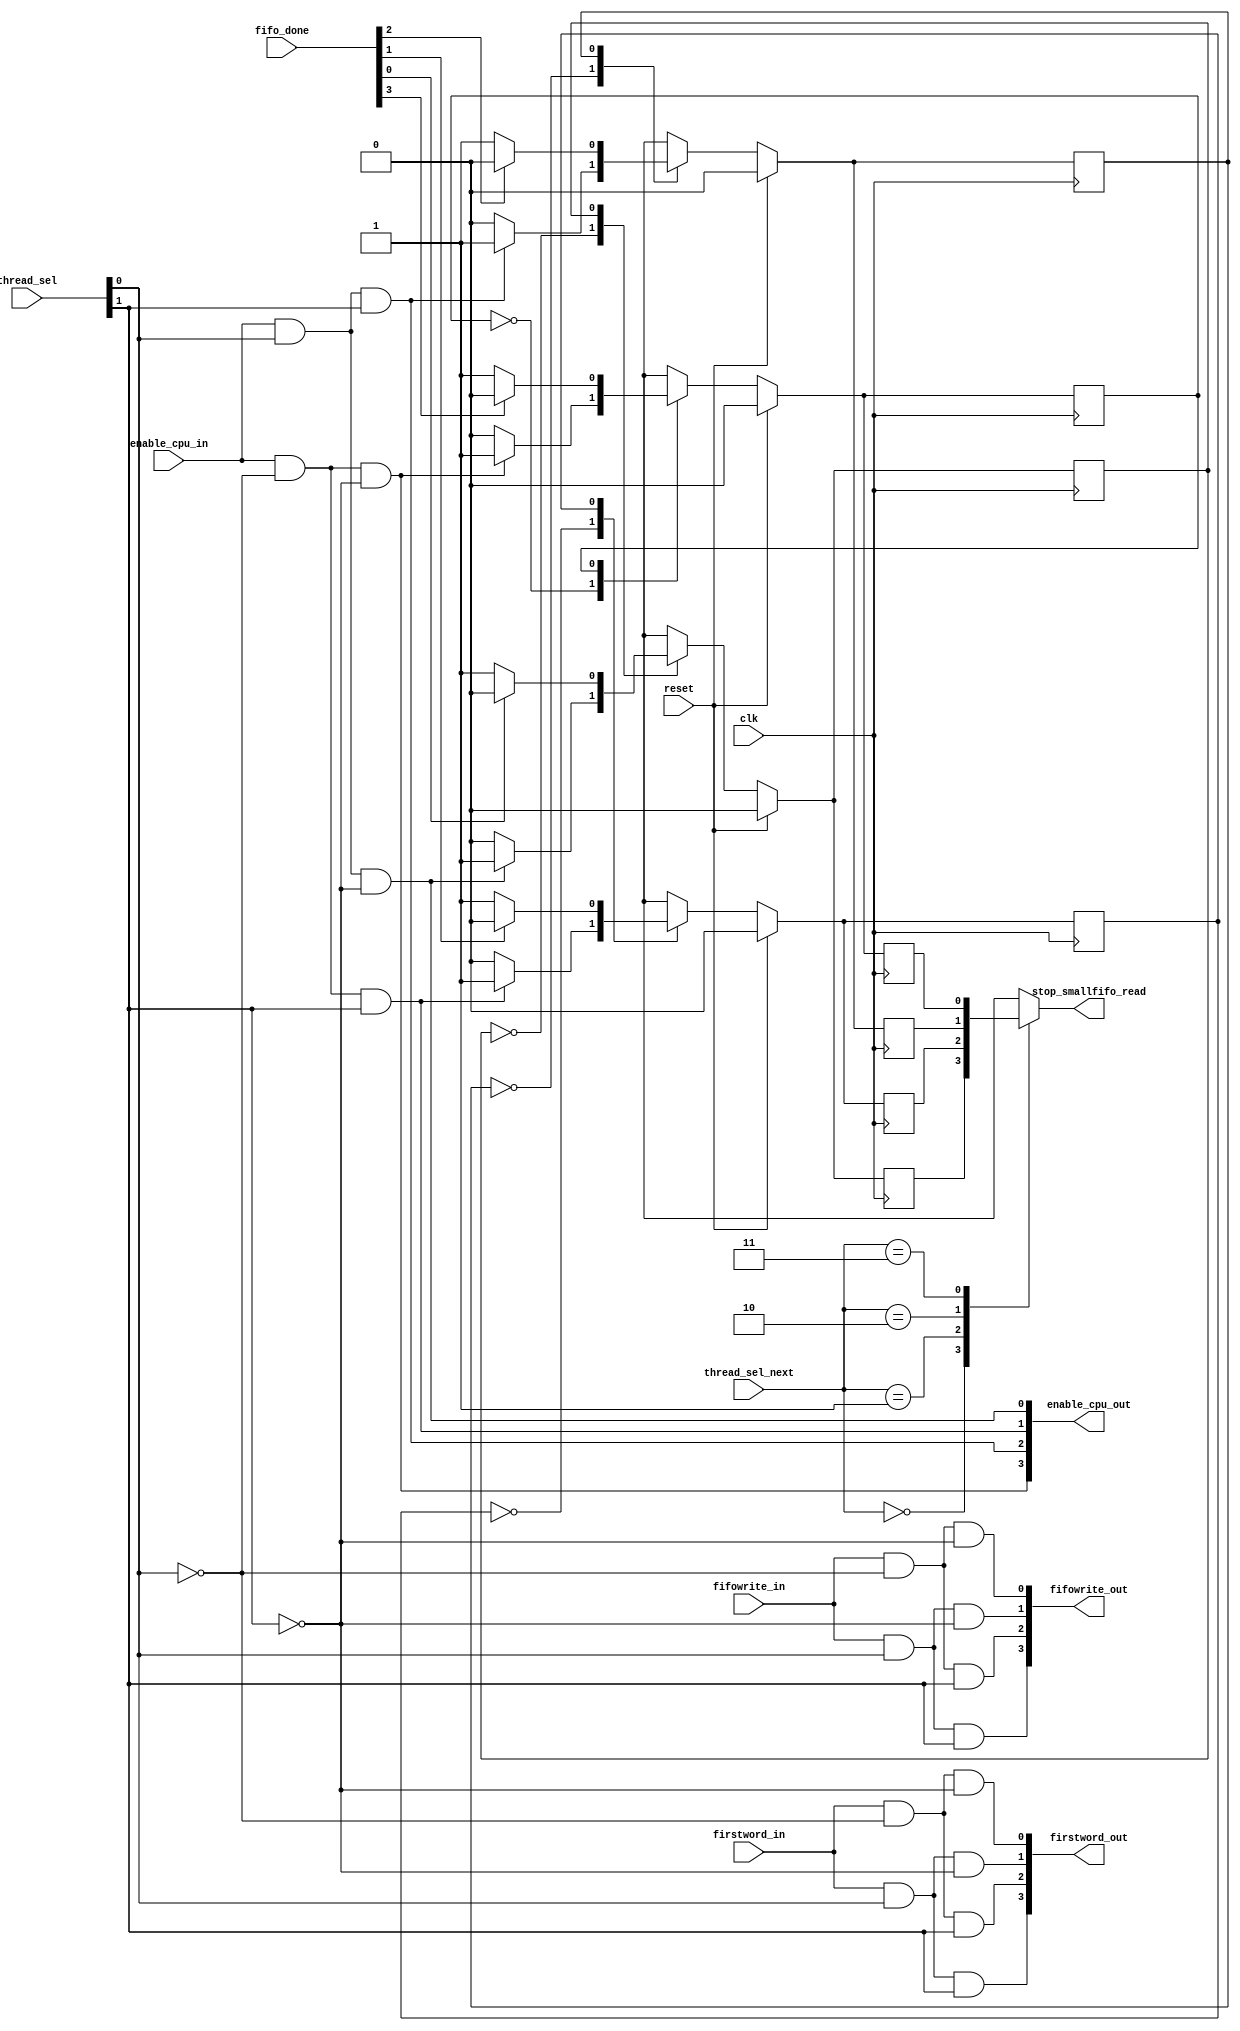
`timescale 1ns / 1ps
//////////////////////////////////////////////////////////////////////////////////
// Company: 
// Engineer: 
// 
// Design Name: 
// Module Name:    arbiter 
// Project Name: 
// Target Devices: 
// Tool versions: 
// Description: 
//
// Dependencies: 
//
// Revision: 
// Revision 0.01 - File Created
// Additional Comments: 
//
//////////////////////////////////////////////////////////////////////////////////
module infifo_arbiter # (
	parameter		NUM_THREADS = 4,
	parameter		THREAD_BITS = 2
)(
	input clk,
	input reset,
    input firstword_in,
    input fifowrite_in,
	input enable_cpu_in,
	input [THREAD_BITS-1:0] thread_sel,
	input [THREAD_BITS-1:0] thread_sel_next,
	input  [NUM_THREADS-1:0] fifo_done,
    output [NUM_THREADS-1:0] firstword_out,
    output [NUM_THREADS-1:0] fifowrite_out,
	output [NUM_THREADS-1:0] enable_cpu_out,	
	output 	reg stop_smallfifo_read
    );

	parameter ZERO = 1'b0;
	parameter ONE = 1'b1;
	wire [NUM_THREADS-1:0]	fifowrite_out_next;
	//reg  [NUM_THREADS-1:0]	fifowrite_out_d;
	
reg [NUM_THREADS-1:0]	fifo_state, fifo_state_next;
reg [NUM_THREADS-1:0]	fifo_busy_next, fifo_busy;

assign firstword_out[0] = firstword_in && ~thread_sel[0] && ~thread_sel[1];
assign fifowrite_out_next[0] = fifowrite_in && ~thread_sel[0] && ~thread_sel[1];
assign enable_cpu_out[3] = enable_cpu_in && ~thread_sel[0] && ~thread_sel[1]; 

assign firstword_out[1] = firstword_in && thread_sel[0] && ~thread_sel[1];
assign fifowrite_out_next[1] = fifowrite_in && thread_sel[0] && ~thread_sel[1];
assign enable_cpu_out[0] = enable_cpu_in && thread_sel[0] && ~thread_sel[1];

assign firstword_out[2] = firstword_in && ~thread_sel[0] && thread_sel[1];
assign fifowrite_out_next[2] = fifowrite_in && ~thread_sel[0] && thread_sel[1];
assign enable_cpu_out[1] = enable_cpu_in && ~thread_sel[0] && thread_sel[1];

assign firstword_out[3] = firstword_in && thread_sel[0] && thread_sel[1];
assign fifowrite_out_next[3] = fifowrite_in && thread_sel[0] && thread_sel[1];
assign enable_cpu_out[2] = enable_cpu_in && thread_sel[0] && thread_sel[1];


always @(*) begin
case(thread_sel_next)
	'b00: stop_smallfifo_read = fifo_busy[0];
	'b01: stop_smallfifo_read = fifo_busy[1];
	'b10: stop_smallfifo_read = fifo_busy[2];
	'b11: stop_smallfifo_read = fifo_busy[3];

	default: stop_smallfifo_read = 0;
endcase
end // always @*

genvar i;
generate
for (i=0; i< NUM_THREADS; i=i+1) begin: fifowrite

always @(*) begin

	fifo_state_next[i] = fifo_state[i];
	fifo_busy_next[i] = fifo_busy[i];
	case (fifo_state[i]) 
		ZERO: begin
			fifo_busy_next[i] = 0;
			if (1 == enable_cpu_out[i]) begin
				fifo_state_next[i] = ONE;
				fifo_busy_next[i] = 1;
			end // if
		end // ZERO
		ONE: begin
			fifo_busy_next[i] = 1;
			if (1 == fifo_done[i]) begin
				fifo_state_next[i] = ZERO;
				fifo_busy_next[i] = 0;
			end // if
		end // ONE
	endcase
end

always @(posedge clk) begin
if (reset) begin
	fifo_busy[i] <= 0;
	fifo_state[i] <= ZERO;
end 
else begin
	fifo_busy[i] <= fifo_busy_next[i];
	fifo_state[i] <= fifo_state_next[i];
end
end // always 

assign fifowrite_out[i] = fifowrite_out_next[i];
end // for
endgenerate

endmodule